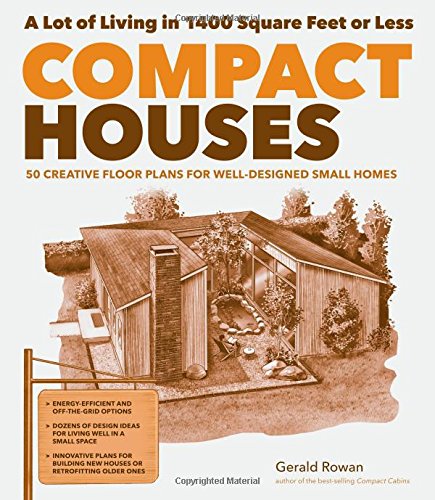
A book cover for Compact Houses: 50 Creative Floor Plans for Well-Designed Small Homes; Gerald Rowan; Crafts, Hobbies & Home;